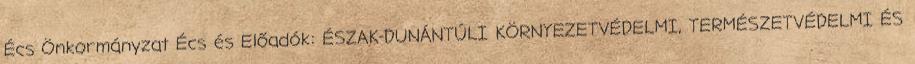
Écs Önkormányzat Écs és Előadók: ÉSZAK-DUNÁNTÚLI KÖRNYEZETVÉDELMI, TERMÉSZETVÉDELMI ÉS